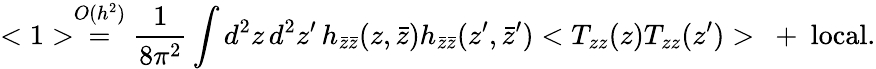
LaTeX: <1>\stackrel{O(h^{2})}{=}\frac{1}{8\pi^{2}}\int d^{2}z\, d^{2}z^{\prime}\, h_{\bar{z}\bar{z}}(z,\bar{z})h_{\bar{z}\bar{z}}(z^{\prime},\bar{z}^{\prime})<T_{zz}(z)T_{zz}(z^{\prime})>\ +\ \mathrm{local}.